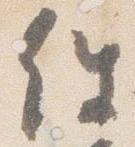
件